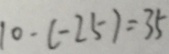
1 0 - ( - 2 5 ) = 3 5